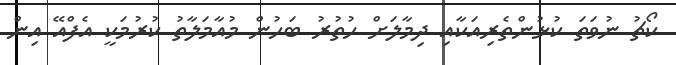
ކޯޗު ނުވަތަ ކުޅުންތެރިއަކާއި ދިމާލަށް ހުތުރު ބަހުން މުއާމަލާތު ކުރުމަކީ އެފްއޭ އިން